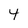
Character: 4